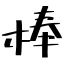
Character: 棒